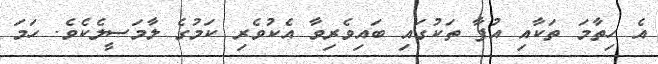
އެ ހިތާމަ ތަކާއި އުފާ ތަކުގައި ބައިވެރިވާ އެކުވެރި ކަމުގެ ލާމަސީލެކެވެ. ހަމަ